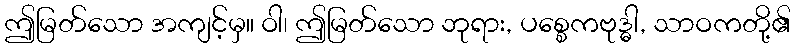
ဤမြတ်သော အကျင့်မှ။ ဝါ၊ ဤမြတ်သော ဘုရား, ပစ္စေကဗုဒ္ဓါ, သာဝကတို့၏